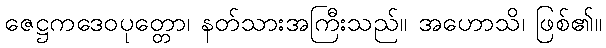
ဇေဋ္ဌကဒေဝပုတ္တော၊ နတ်သားအကြီးသည်။ အဟောသိ၊ ဖြစ်၏။